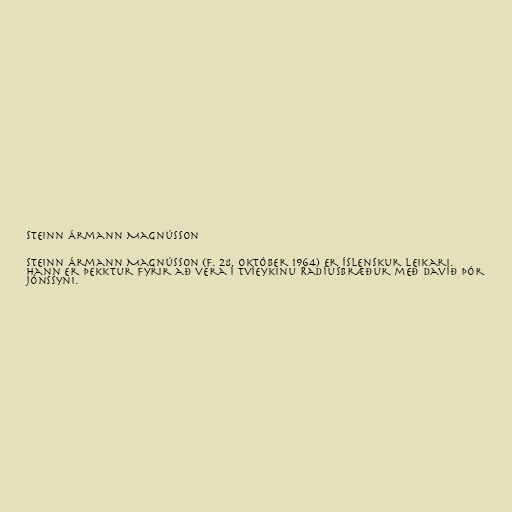
Steinn Ármann Magnússon

Steinn Ármann Magnússon (f. 28. október 1964) er íslenskur leikari.
Hann er þekktur fyrir að vera í tvíeykinu Radíusbræður með Davíð Þór
Jónssyni.